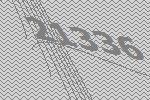
21336